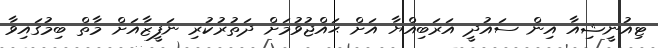
ޓިއުނީޝިއާ އިން ސައުދީ އަރަބިއްޔާ އަށް ޙައްޖުވުމަށް ދަތުރުކުރި ނަފީޒާއަށް މާތް ބިމުގައިވާ